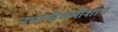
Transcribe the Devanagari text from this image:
नमामीशमीशान